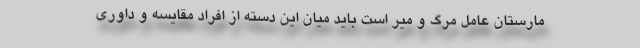
مارستان عامل مرگ و میر است باید میان این دسته از افراد مقایسه و داوری